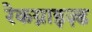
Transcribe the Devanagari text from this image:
रेकग्नाइज़्ड